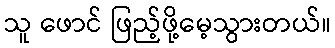
သူ ဖောင် ဖြည့်ဖို့မေ့သွားတယ်။